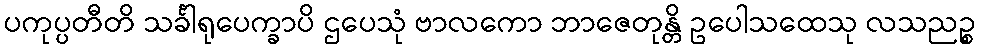
ပကုပ္ပတီတိ သင်္ခါရုပေက္ခာပိ ဌပေသုံ ဗာလကော ဘာဇေတုန္တိ ဥပေါသထေသု လသညဉ္စ